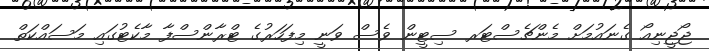
ޖޯޖީނިއޯ ގެނައުމަށް މެންޗެސްޓަރ ސިޓީން ވެސް ވަނީ މިފަހަރުގެ ޓްރާންސްފާ މާކެޓުގައި މަސައްކަތް